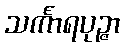
သင်္ကာရပုဉ္ဇာ